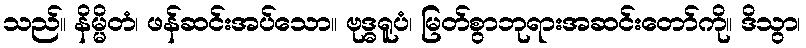
သည်။ နိမ္မိတံ၊ ဖန်ဆင်းအပ်သော။ ဗုဒ္ဓရူပံ၊ မြတ်စွာဘုရားအဆင်းတော်ကို။ ဒိသွာ၊